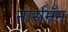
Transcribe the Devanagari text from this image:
नार्समॅन